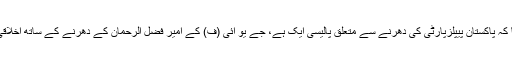
ان کا مزید کہنا تھا کہ پاکستان پیپلزپارٹی کی دھرنے سے متعلق پالیسی ایک ہے، جے یو آئی (ف) کے امیر فضل الرحمان کے دھرنے کے ساتھ اخلاقی حمایت رہے گی۔